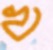
খ